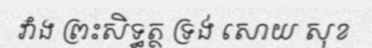
វាំង ព្រះសិទ្ធត្ថ ទ្រង់ សោយ សុខ